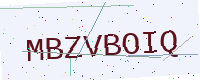
Text: MBZVBOIQ